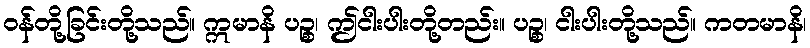
ဝန်တို့ခြင်းတို့သည်။ ဣမာနိ ပဉ္စ၊ ဤငါးပါးတို့တည်း။ ပဉ္စ၊ ငါးပါးတို့သည်။ ကတမာနိ၊